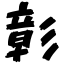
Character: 彰